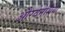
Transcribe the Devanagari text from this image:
औरवेनेशिया